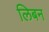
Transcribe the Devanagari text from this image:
लिबन